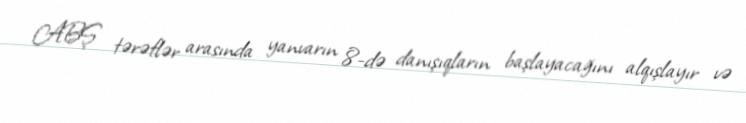
ABŞ tərəflər arasında yanvarın 8-də danışıqların başlayacağını alqışlayır və